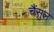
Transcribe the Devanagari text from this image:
चैंसुल